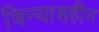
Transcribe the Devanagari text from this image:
विन्यासहीन